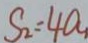
S _ { 2 } = 4 a